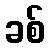
ခစ်